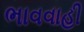
ભાવવાહી